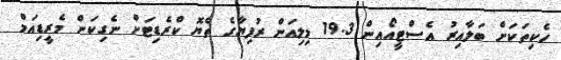
ހެކިތަކަށް ބަލާއިރު އެސްޓީއޯއިން 19.3 މިލިއަން ރުފިޔާގެ ތެޔޮ ކްރެޑިޓަށް ނެގިކަން މެރީޑިއަމް